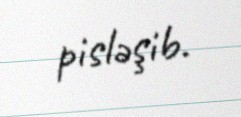
pisləşib.